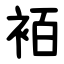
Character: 袹